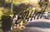
છપાતી